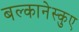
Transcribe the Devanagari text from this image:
बल्कानेस्कुए